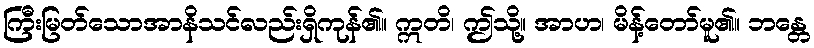
ကြီးမြတ်သောအာနိသင်လည်းရှိကုန်၏။ ဣတိ၊ ဤသို့။ အာဟ၊ မိန့်တော်မူ၏။ ဘန္တေ